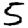
Digit: 5